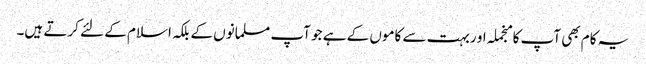
یہ کام بھی آپ کا منجملہ او ربہت سے کاموں کے ہے جو آپ مسلمانوں کے بلکہ اسلام کے لئے کرتے ہیں۔